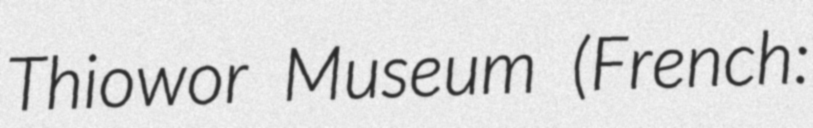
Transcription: Thiowor Museum (French: